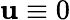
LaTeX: \mathbf{u}\equiv0